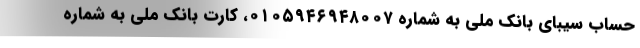
حساب سیبای بانک ملی به شماره ۰۱۰۵۹۴۶۹۴۸۰۰۷، کارت بانک ملی به شماره